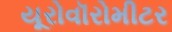
યૂરોવૉરોમીટર